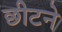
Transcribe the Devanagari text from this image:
छीटने